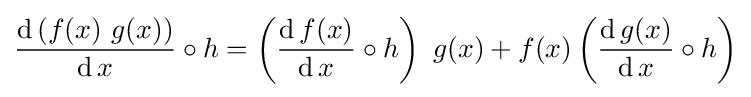
{\frac {\operatorname {d} \left(f(x)\ g(x)\right)}{\operatorname {d} x}}\circ h=\left({\frac {\operatorname {d} f(x)}{\operatorname {d} x}}\circ h\right)\ g(x)+f(x)\left({\frac {\operatorname {d} g(x)}{\operatorname {d} x}}\circ h\right)